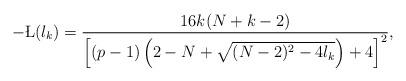
LaTeX: \begin{align*}-\L(\l_k)=\frac{16k(N+k-2)}{\left[(p-1)\left(2-N+\sqrt{(N-2)^2-4\l_k}\right)+4\right]^2},\end{align*}